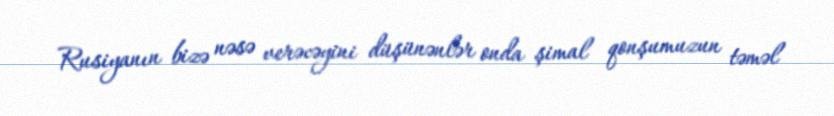
Rusiyanın bizə nəsə verəcəyini düşünənlər onda şimal qonşumuzun təməl